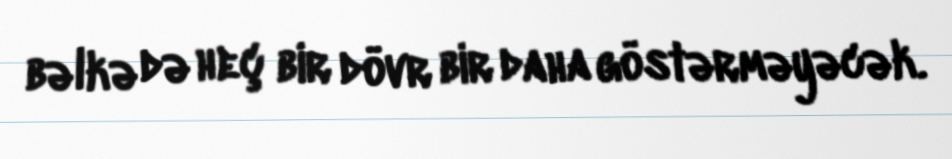
bəlkə də heç bir dövr bir daha göstərməyəcək.